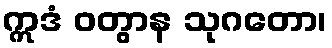
ဣဒံ ဝတွာန သုဂတော၊